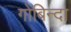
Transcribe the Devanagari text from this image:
गोबिन्दा